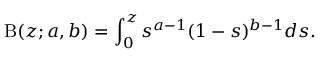
\mathrm { B } ( z ; a , b ) = \int _ { 0 } ^ { z } s ^ { a - 1 } ( 1 - s ) ^ { b - 1 } d s .